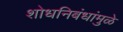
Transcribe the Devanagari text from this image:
शोधनिबंधांमुळे